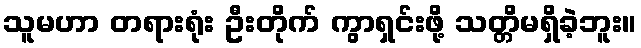
သူမဟာ တရားရုံး ဦးတိုက် ကွာရှင်းဖို့ သတ္တိမရှိခဲ့ဘူး။